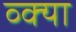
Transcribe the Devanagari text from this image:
व्क्या